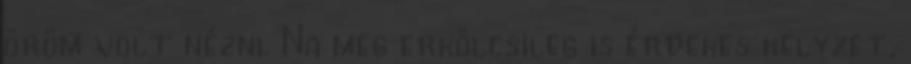
öröm volt nézni. Na meg erkölcsileg is érdekes helyzet,